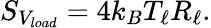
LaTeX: S_{V_{load}}=4k_{B}T_{\ell}R_{\ell}.